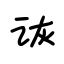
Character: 诙